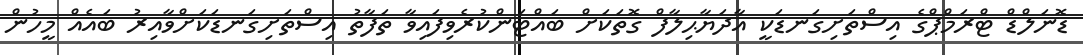
ޑޮނަލްޑް ޓްރަމްޕްގެ އިސްތަށިގަނޑަކީ އާދަޔާޙިލާފް ގޮތަކަށް ބައްޓަންކުރެވިފައިވާ ތަފާތު އިސްތަށިގަނޑަކަށްވާއިރު ބައެއް މީހުން